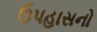
ઉપહાસનો